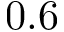
0 . 6